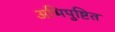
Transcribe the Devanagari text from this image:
अभिपुष्टित